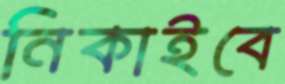
নিকাইবে